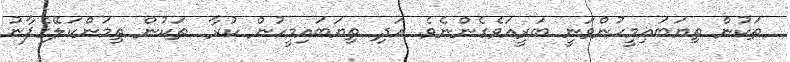
ތަކުން ތިޔަބައިމީހުންވަނީ ބަރީއަވެގެންނެވެ. އަދި ތިޔަބައިމީހުން ކުރާ  ތަކުން ތިމަންކަލޭގެފާނު